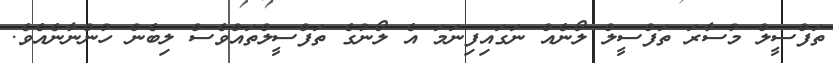
ތަފްސީލް މުސާރަ ތަފްސީލް ލޯނެއް ނަގަައިފިނަމަ އެ ލޯނުގެ ތަފްސީލްތައްވެސް ލިބެން ހުންނާނެއެެވެ.